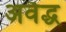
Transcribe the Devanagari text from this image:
अवैद्ध